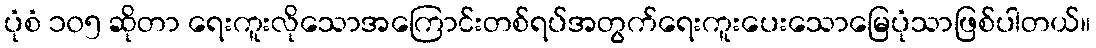
ပုံစံ ၁၀၅ ဆိုတာ ရေးကူးလိုသောအကြောင်းတစ်ရပ်အတွက်ရေးကူးပေးသောမြေပုံသာဖြစ်ပါတယ်။